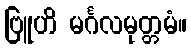
ဗြူဟိ မင်္ဂလမုတ္တမံ။